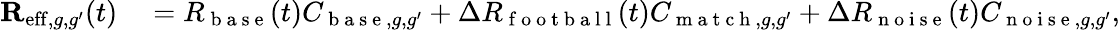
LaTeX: \begin{array}{rl}{\mathbf{R}_{\mathrm{eff},g,g^{\prime}}(t)}&{{}=R_{\mathrm{~b~a~s~e~}}(t)C_{\mathrm{~b~a~s~e~},g,g^{\prime}}+\Delta R_{\mathrm{~f~o~o~t~b~a~l~l~}}(t)C_{\mathrm{~m~a~t~c~h~},g,g^{\prime}}+\Delta R_{\mathrm{~n~o~i~s~e~}}(t)C_{\mathrm{~n~o~i~s~e~},g,g^{\prime}},}\end{array}